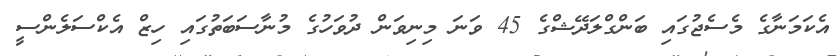
އެކަމަނާގެ މެސެޖުގައި ބަންގްލަދޭޝްގެ 45 ވަނަ މިނިވަން ދުވަހުގެ މުނާސަބަތުގައި ހިޒް އެކްސަލެންސީ